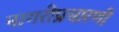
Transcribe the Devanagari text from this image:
नागरीप्रचारणी